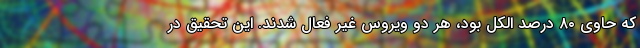
که حاوی ۸۰ درصد الکل بود، هر دو ویروس غیر فعال شدند. این تحقیق در